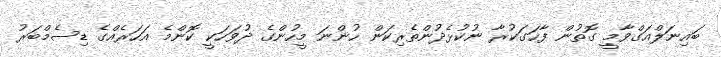
ބައިނަލްއަގްވާމީ ގޮތުން ފާހަގަކުރާ ނުކުޅެދުންތެރިކަން ހުންނަ މީހުންގެ ދުވަހަކީ ކޮންމެ އަހަރެއްގެ ޑިސެމްބަރު